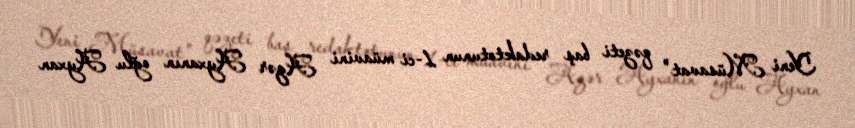
Yeni Müsavat" qəzeti baş redaktotunun 1-ci müavini Azər Ayxanın oğlu Ayxan